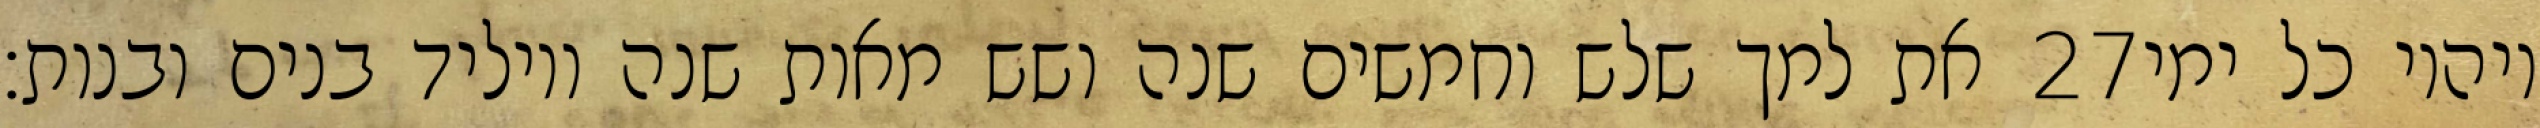
את למך שלש וחמשים שנה ושש מאות שנה ויוליד בנים ובנות׃ ‎27‏ ויהיו כל ימי